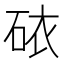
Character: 𥑴